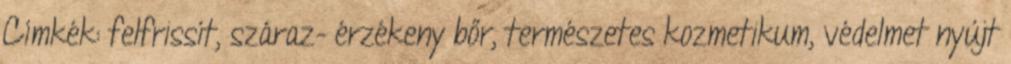
Címkék: felfrissít, száraz- érzékeny bőr, természetes kozmetikum, védelmet nyújt